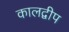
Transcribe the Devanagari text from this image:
कालद्वीप